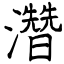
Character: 濳